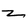
Character: z